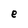
Character: e